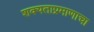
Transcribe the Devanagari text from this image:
शक्यताप्रमाणाचा